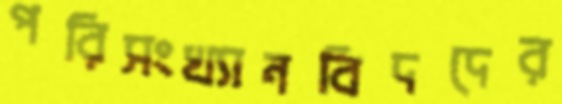
পরিসংখ্যানবিদদের